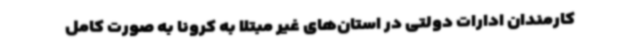
کارمندان ادارات دولتی در استان‌های غیر مبتلا به کرونا به صورت کامل